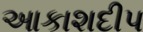
આકાશદીપ